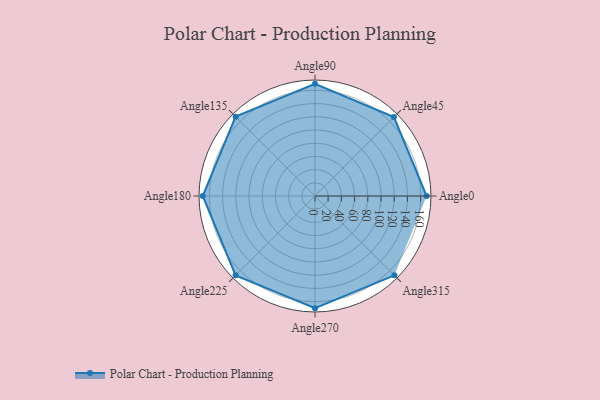
{"axis": {"x": "Angle", "y": "Radius"}, "legend": [""], "data": [{"x": "Angle0", "y": 169.0, "type": ""}, {"x": "Angle45", "y": 169.0, "type": ""}, {"x": "Angle90", "y": 170, "type": ""}, {"x": "Angle135", "y": 170.0, "type": ""}, {"x": "Angle180", "y": 170, "type": ""}, {"x": "Angle225", "y": 170.0, "type": ""}, {"x": "Angle270", "y": 170, "type": ""}, {"x": "Angle315", "y": 170, "type": ""}]}